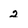
Character: 2